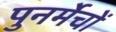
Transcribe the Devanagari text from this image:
पुनर्मेचों